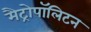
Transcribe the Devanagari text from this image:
मैट्रोपॉलिटन